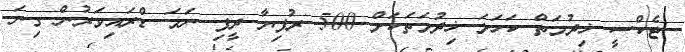
ޓެކްސީ ޚިދުމަތް ކަހަލަ ޚިދުމަތަކަށް 500 ރުފިޔާ ދީފި ނަމަ ޑްރައިވަރުން ގިނަ